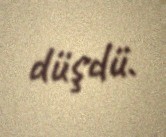
düşdü.